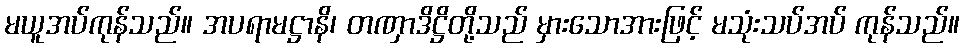
မယူအပ်ကုန်သည်။ အပရာမဋ္ဌာနိ၊ တဏှာဒိဋ္ဌိတို့သည် မှားသောအားဖြင့် မသုံးသပ်အပ် ကုန်သည်။